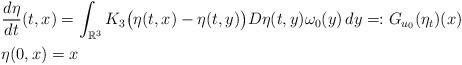
LaTeX: \begin{align*} &\frac{d\eta}{dt}(t,x) = \int_{\mathbb{R}^3} K_3\big(\eta(t,x) - \eta(t,y) \big) D\eta(t,y) \omega_0(y) \, dy =: G_{u_0}(\eta_t)(x) \\ &\eta(0, x) = x \end{align*}